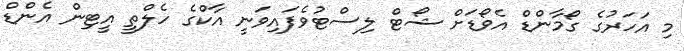
މި އަހަރުގެ ގޯމާންޑް އެވޯޑަށް ޝޯޓް ލިސްޓުވެފައިވަނީ އާކްގެ ހެލްތީ އީޓިން އެންޑް